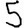
Digit: 5